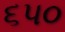
૬પ૦